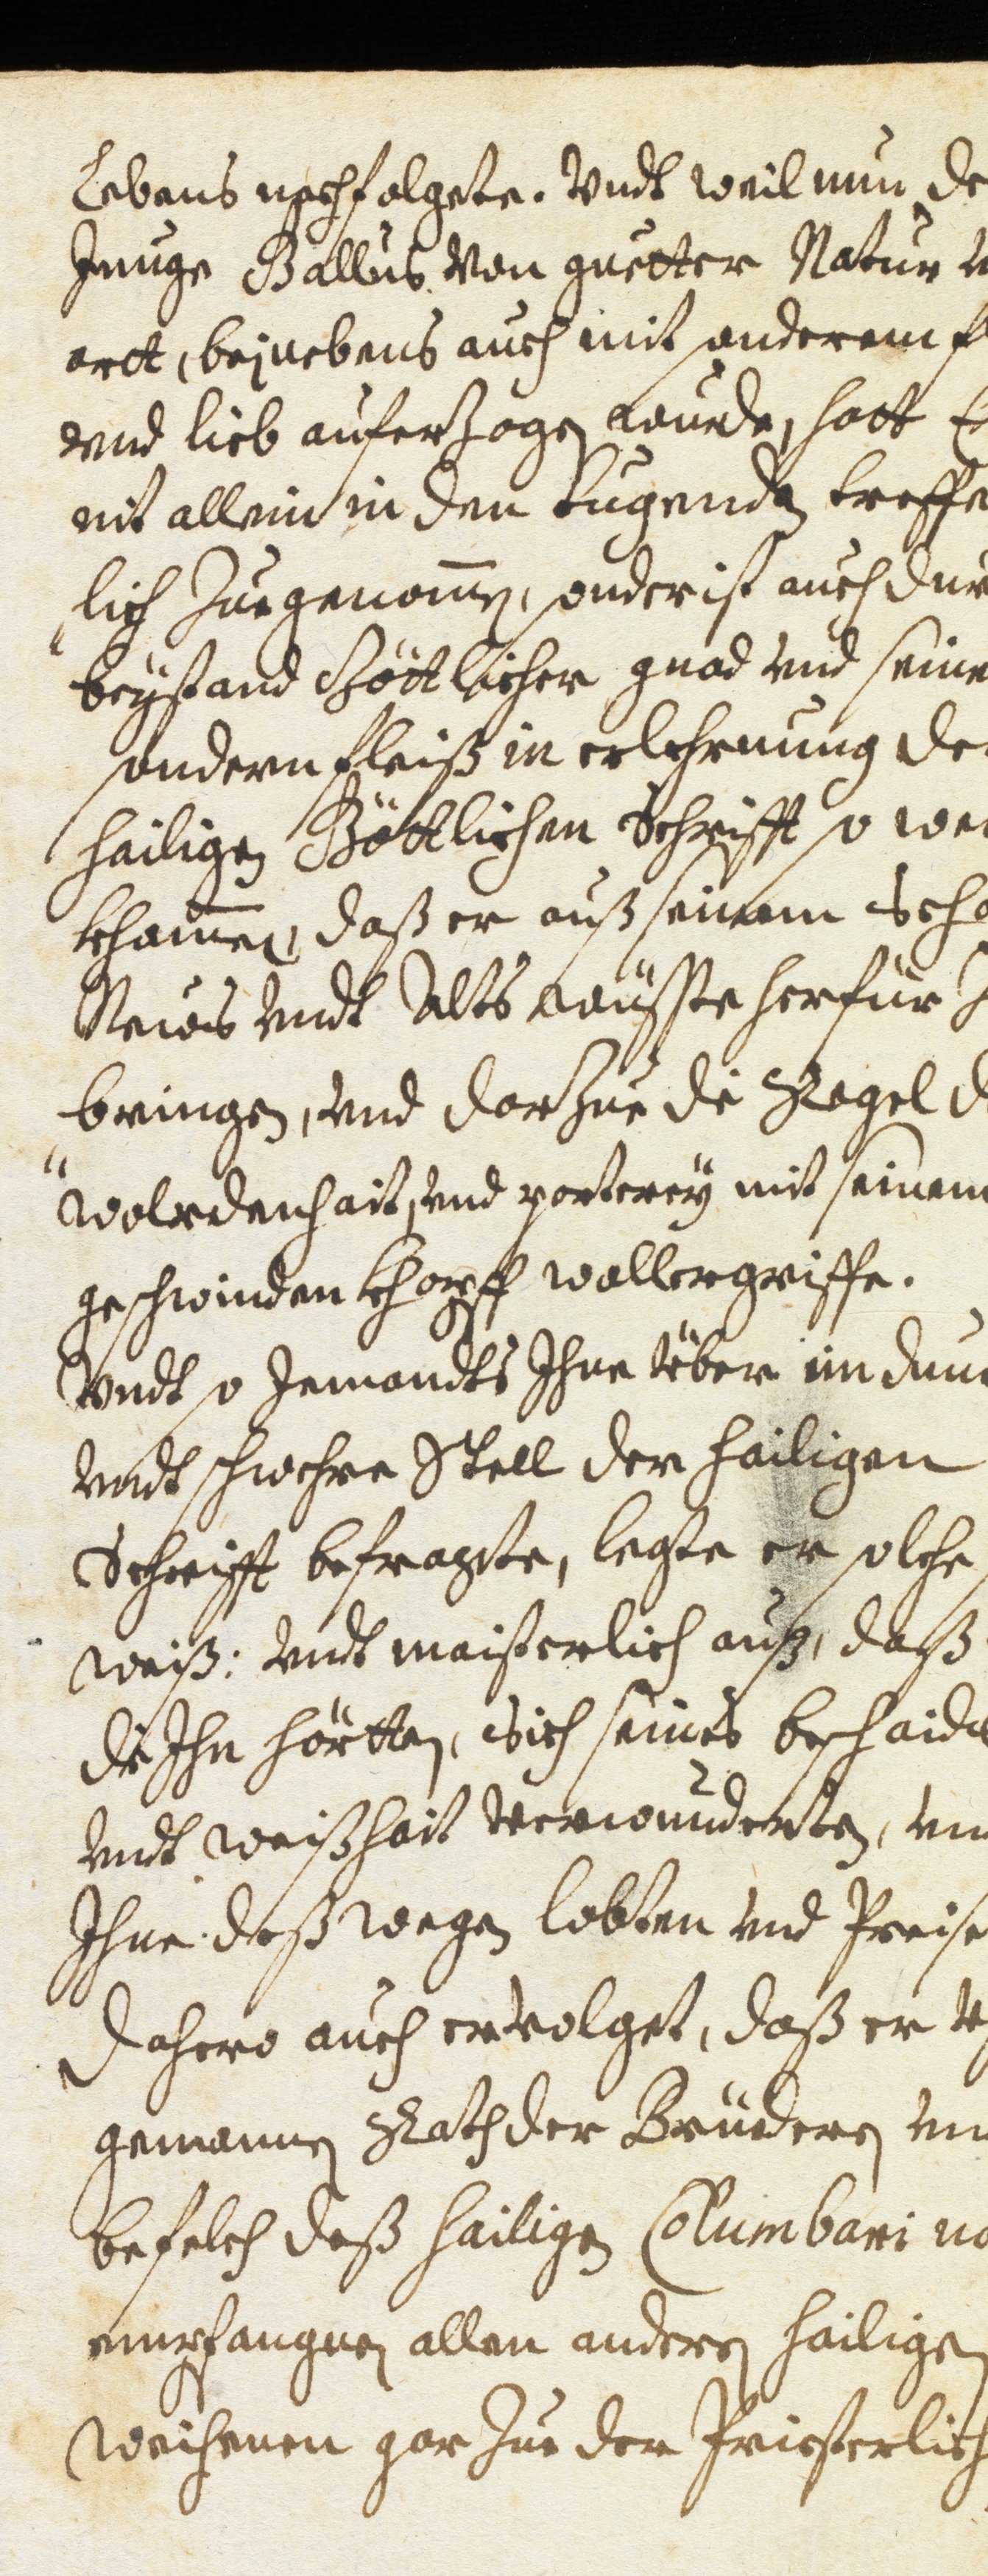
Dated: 1637–1641